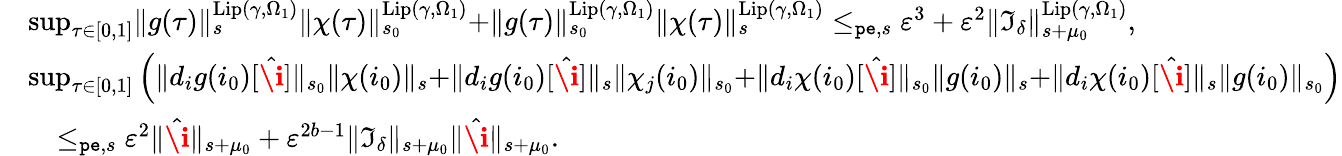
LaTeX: \begin{array}{rl}&{\operatorname*{sup}_{\tau\in[0,1]}\rVert g(\tau)\rVert_{s}^{\mathrm{Lip}(\gamma,\Omega_{1})}\rVert\chi(\tau)\rVert_{s_{0}}^{\mathrm{Lip}(\gamma,\Omega_{1})}+\rVert g(\tau)\rVert_{s_{0}}^{\mathrm{Lip}(\gamma,\Omega_{1})}\rVert\chi(\tau)\rVert_{s}^{\mathrm{Lip}(\gamma,\Omega_{1})}\le_{\mathtt{pe},s}\varepsilon^{3}+\varepsilon^{2}\rVert\mathfrak{I}_{\delta}\rVert_{s+\mu_{0}}^{\mathrm{Lip}(\gamma,\Omega_{1})},}\\ &{\operatorname*{sup}_{\tau\in[0,1]}\left(\rVert d_{i}g(i_{0})[\hat{\textbf{\i}}]\rVert_{s_{0}}\rVert\chi(i_{0})\rVert_{s}+\rVert d_{i}g(i_{0})[\hat{\textbf{\i}}]\rVert_{s}\rVert\chi_{j}(i_{0})\rVert_{s_{0}}+\rVert d_{i}\chi(i_{0})[\hat{\textbf{\i}}]\rVert_{s_{0}}\rVert g(i_{0})\rVert_{s}+\rVert d_{i}\chi(i_{0})[\hat{\textbf{\i}}]\rVert_{s}\rVert g(i_{0})\rVert_{s_{0}}\right)}\\ &{\quad\le_{\mathtt{pe},s}\varepsilon^{2}\rVert\hat{\textbf{\i}}\rVert_{s+\mu_{0}}+\varepsilon^{2b-1}\rVert\mathfrak{I}_{\delta}\rVert_{s+\mu_{0}}\rVert\hat{\textbf{\i}}\rVert_{s+\mu_{0}}.}\end{array}